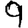
Digit: 9